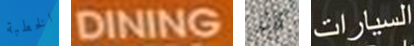
الخطبة DINING كان السيارات